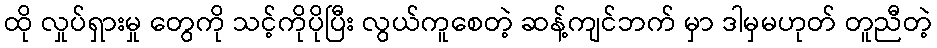
ထို လှုပ်ရှားမှု တွေကို သင့်ကိုပိုပြီး လွယ်ကူစေတဲ့ ဆန့်ကျင်ဘက် မှာ ဒါမှမဟုတ် တူညီတဲ့